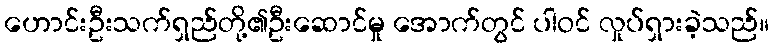
ဟောင်းဦးသက်ရှည်တို့၏ဦးဆောင်မှု အောက်တွင် ပါဝင် လှုပ်ရှားခဲ့သည်။